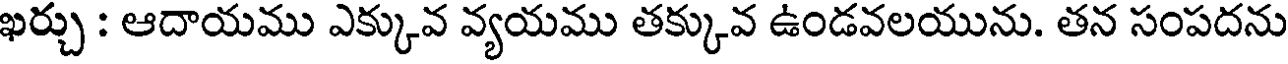
ఖర్చు : ఆదాయము ఎక్కువ వ్యయము తక్కువ ఉండవలయును. తన సంపదను